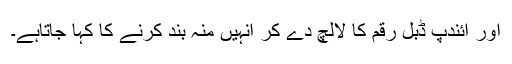
اور آئندپ ڈبل رقم کا لالچ دے کر انہیں منہ بند کرنے کا کہا جاتاہے۔